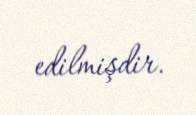
edilmişdir.